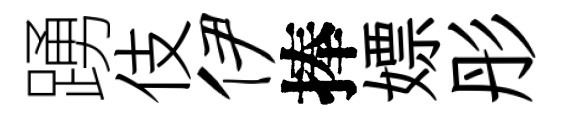
踴伎伊捧嫖彤